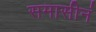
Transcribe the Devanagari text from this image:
समासीनं